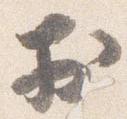
於